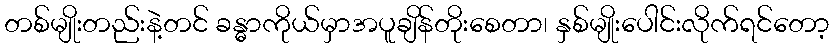
တစ်မျိုးတည်းနဲ့တင် ခန္ဓာကိုယ်မှာအပူချိန်တိုးစေတာ၊ နှစ်မျိုးပေါင်းလိုက်ရင်တော့